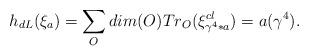
LaTeX: \begin{align*}h_ {dL}(\xi _a)=\sum _O dim(O) Tr_O (\xi^{cl}_{\gamma ^4 *a})=a(\gamma ^4).\end{align*}